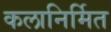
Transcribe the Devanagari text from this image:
कलानिर्मित